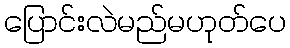
ပြောင်းလဲမည်မဟုတ်ပေ